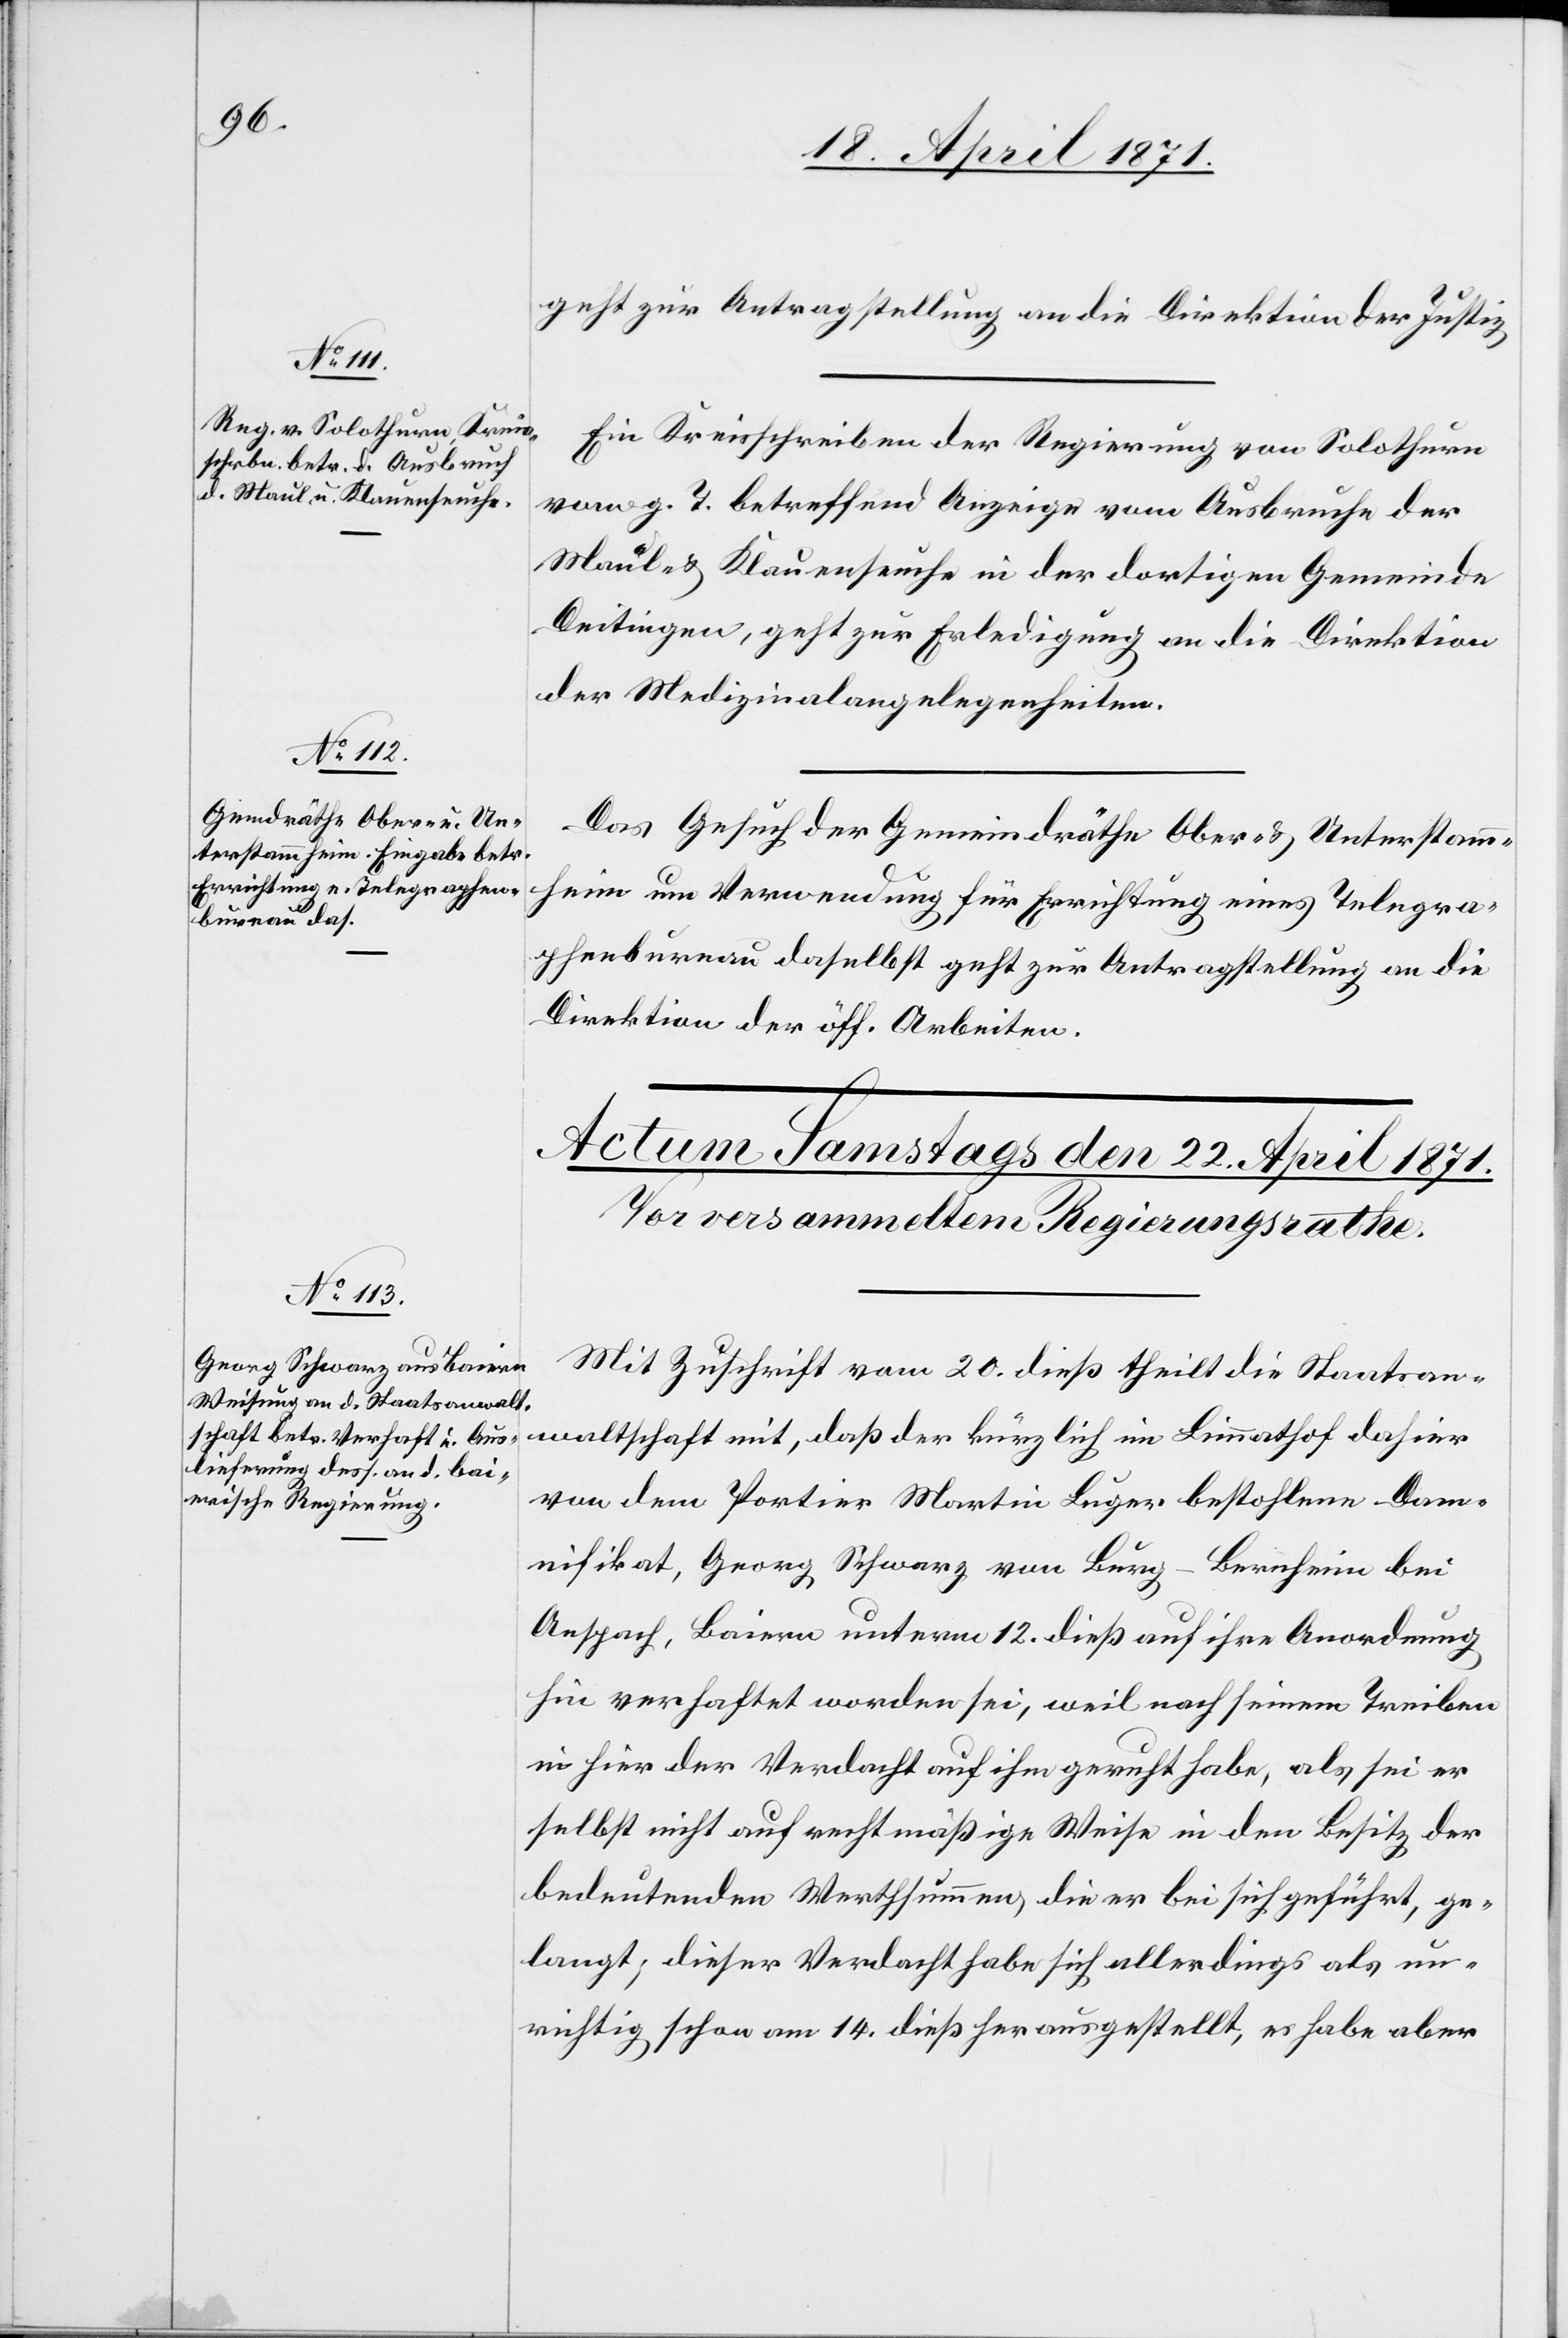
21. April 1871.]
geht zur Antragstellung an die Direktion der Justiz.
Ein Kreisschreiben der Regierung von Solothurn
vom g. T. betreffend Anzeige vom Ausbruche der
Maule u. Klauenseuche in der dortigen Gemeinde
Deitingen, geht zur Erledigung an die Direktion
der Medizinalangelegenheiten.
Das Gesuch der Gemeindräthe Ober- u. Unterstamm¬
heim um Verwendung für Errichtung eines Telegra¬
waltschaft mit,
phenbureau daselbst geht zur Antragstellung an die
Direktion der öff. Arbeiten.
Mit Zuschrift vom 20. dieß theilt die Staatsan¬
von dem Portier Martin Luger bestohlene Damn¬
ifikat, Georg Schwarz von Burg-Bernheim bei
Anspach, Baiern unterm 12. dieß auf ihre Anordnung
hin verhaftet worden sei, weil nach seinem Treiben
in hier der Verdacht auf ihm geruht habe, als sei er
selbst nicht auf rechtmäßige Weise in den Besitz der
bedeutenden Werthsumme, die er bei sich geführt, ge¬
langt; dieser Verdacht habe sich allerdings als un¬
richtig schon am 14. dieß herausgestellt, es habe aber